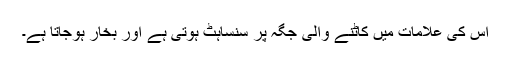
اس کی علامات میں کاٹنے والی جگہ پر سنساہٹ ہوتی ہے اور بخار ہوجاتا ہے۔